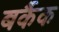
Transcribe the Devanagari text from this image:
बर्कैक